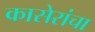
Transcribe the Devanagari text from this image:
कासेरांचा